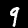
Digit: 9